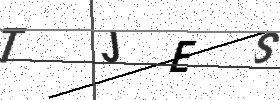
Text: TJES